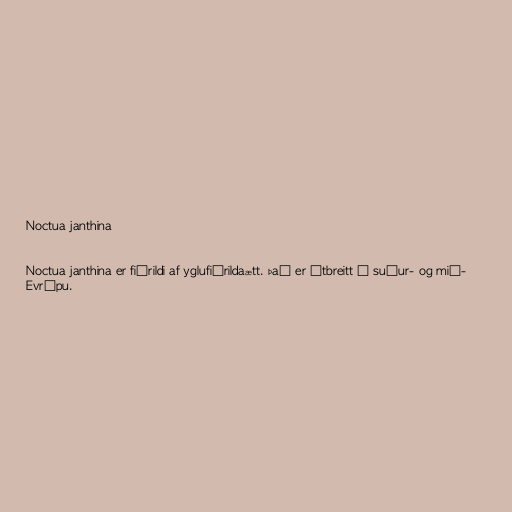
Noctua janthina

Noctua janthina er fiðrildi af yglufiðrildaætt. Það er útbreitt í suður- og mið-
Evrópu.